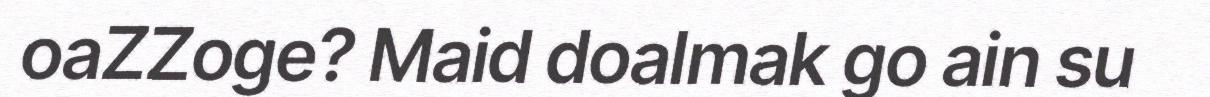
oaZZoge? Maid doalmak go ain su